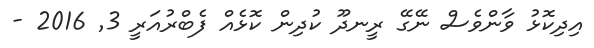
އިދިކޮޅު ވާންވެސް ނޭގޭ ރީނދޫ ކުދިން ކޮޅެއް ފެބްރުއަރީ 3